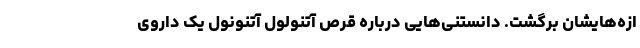
ازه‌هایشان برگشت. دانستنی‌هایی درباره قرص آتنولول آتنونول یک داروی